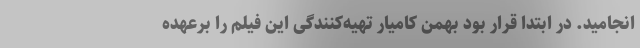
انجامید. در ابتدا قرار بود بهمن کامیار تهیه‌کنندگی این فیلم را برعهده